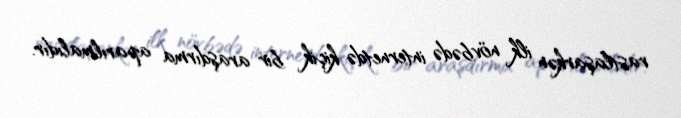
rastlaşarkən ilk növbədə internetdə kiçik bir araşdırma aparılmalıdır.